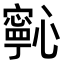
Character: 𭟋